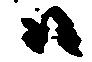
ハ